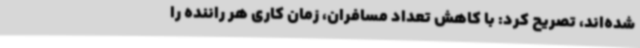
شده‌اند، تصریح کرد: با کاهش تعداد مسافران، زمان کاری هر راننده را